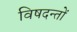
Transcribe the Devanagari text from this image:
विषदन्तों